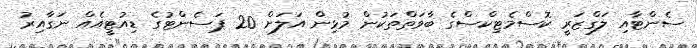
ސެންޓާއި ލަގްޒަރީ ކޮސްމެޓިކްސްގެ ބާވަތްތަކުން މުޅިން އަލަށް 20 ޕަސެންޓުގެ ޑިއުޓީއެއް ނަގާއިރު